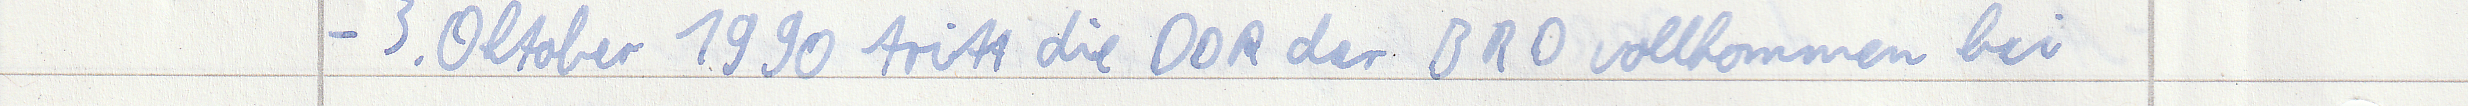
- 3. Oktober 1990 tritt die DDR der BRD vollkommen bei